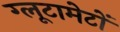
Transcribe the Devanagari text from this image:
ग्लूटामेटों